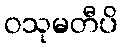
ဝသုမတီပိ